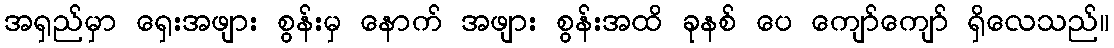
အရှည်မှာ ရှေးအဖျား စွန်းမှ နောက် အဖျား စွန်းအထိ ခုနစ် ပေ ကျော်ကျော် ရှိလေသည်။